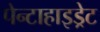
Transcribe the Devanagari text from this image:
पेन्टाहाइड्रेट